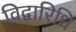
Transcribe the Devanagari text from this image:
विद्वारिधि